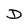
Character: D